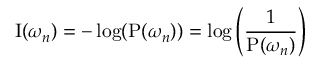
\operatorname { I } ( \omega _ { n } ) = - \log ( \operatorname { P } ( \omega _ { n } ) ) = \log \left( { \frac { 1 } { \operatorname { P } ( \omega _ { n } ) } } \right)